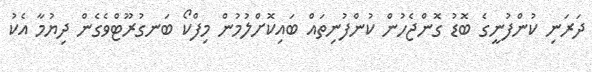
ދަރަނި ކުންފުނީގެ ބޮޑު ގޮންޖެހުން ކުންފުނިތައް ބައިކޮށްލުމުން މިފްކޯ ބަނގުރޫޓްވެގެން ދިޔުމާ އެކު